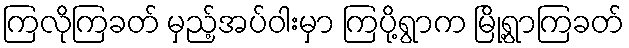
ကြလိုကြခတ် မှည့်အပ်ဝါးမှာ ကြပို့ရွာက မြို့ရွာကြခတ်